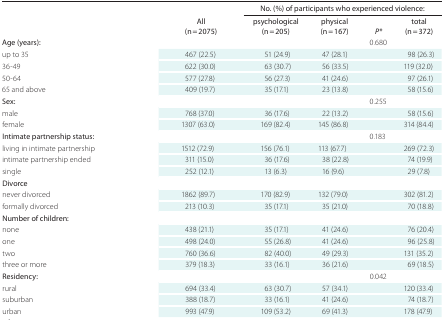
<table><thead><tr><td></td><td></td><td colspan="4"><b>No. (%) of participants who experienced violence:</b></td></tr><tr><td></td><td><b>All (n = 2075)</b></td><td><b>psychological (n = 205)</b></td><td><b>physical (n = 167)</b></td><td><b><i>P*</i></b></td><td><b>total (n = 372)</b></td></tr></thead><tbody><tr><td><b>Age (years):</b></td><td></td><td></td><td></td><td>0.680</td><td></td></tr><tr><td>up to 35</td><td>467 (22.5)</td><td>51 (24.9)</td><td>47 (28.1)</td><td></td><td>98 (26.3)</td></tr><tr><td>36-49</td><td>622 (30.0)</td><td>63 (30.7)</td><td>56 (33.5)</td><td></td><td>119 (32.0)</td></tr><tr><td>50-64</td><td>577 (27.8)</td><td>56 (27.3)</td><td>41 (24.6)</td><td></td><td>97 (26.1)</td></tr><tr><td>65 and above</td><td>409 (19.7)</td><td>35 (17.1)</td><td>23 (13.8)</td><td></td><td>58 (15.6)</td></tr><tr><td><b>Sex:</b></td><td></td><td></td><td></td><td>0.255</td><td></td></tr><tr><td>male</td><td>768 (37.0)</td><td>36 (17.6)</td><td>22 (13.2)</td><td></td><td>58 (15.6)</td></tr><tr><td>female</td><td>1307 (63.0)</td><td>169 (82.4)</td><td>145 (86.8)</td><td></td><td>314 (84.4)</td></tr><tr><td><b>Intimate partnership status:</b></td><td></td><td></td><td></td><td>0.183</td><td></td></tr><tr><td>living in intimate partnership</td><td>1512 (72.9)</td><td>156 (76.1)</td><td>113 (67.7)</td><td></td><td>269 (72.3)</td></tr><tr><td>intimate partnership ended</td><td>311 (15.0)</td><td>36 (17.6)</td><td>38 (22.8)</td><td></td><td>74 (19.9)</td></tr><tr><td>single</td><td>252 (12.1)</td><td>13 (6.3)</td><td>16 (9.6)</td><td></td><td>29 (7.8)</td></tr><tr><td><b>Divorce:</b></td><td></td><td></td><td></td><td></td><td></td></tr><tr><td>never divorced</td><td>1862 (89.7)</td><td>170 (82.9)</td><td>132 (79.0)</td><td></td><td>302 (81.2)</td></tr><tr><td>formally divorced</td><td>213 (10.3)</td><td>35 (17.1)</td><td>35 (21.0)</td><td></td><td>70 (18.8)</td></tr><tr><td><b>Number of children:</b></td><td></td><td></td><td></td><td></td><td></td></tr><tr><td>none</td><td>438 (21.1)</td><td>35 (17.1)</td><td>41 (24.6)</td><td></td><td>76 (20.4)</td></tr><tr><td>one</td><td>498 (24.0)</td><td>55 (26.8)</td><td>41 (24.6)</td><td></td><td>96 (25.8)</td></tr><tr><td>two</td><td>760 (36.6)</td><td>82 (40.0)</td><td>49 (29.3)</td><td></td><td>131 (35.2)</td></tr><tr><td>three or more</td><td>379 (18.3)</td><td>33 (16.1)</td><td>36 (21.6)</td><td></td><td>69 (18.5)</td></tr><tr><td><b>Residency:</b></td><td></td><td></td><td></td><td>0.042</td><td></td></tr><tr><td>rural</td><td>694 (33.4)</td><td>63 (30.7)</td><td>57 (34.1)</td><td></td><td>120 (33.4)</td></tr><tr><td>suburban</td><td>388 (18.7)</td><td>33 (16.1)</td><td>41 (24.6)</td><td></td><td>74 (18.7)</td></tr><tr><td>urban</td><td>993 (47.9)</td><td>109 (53.2)</td><td>69 (41.3)</td><td></td><td>178 (47.9)</td></tr></tbody></table>